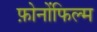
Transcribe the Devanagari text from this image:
फ़ोनोंफिल्म